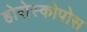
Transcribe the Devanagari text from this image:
होरोस्कोपोस